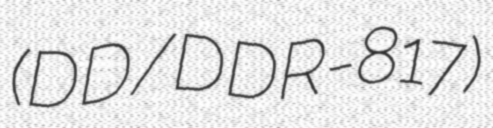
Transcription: (DD/DDR-817)